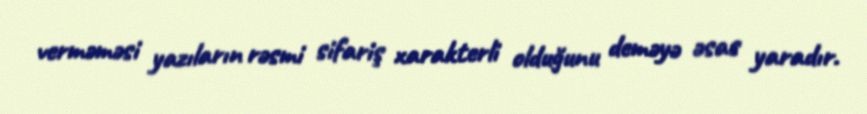
verməməsi yazıların rəsmi sifariş xarakterli olduğunu deməyə əsas yaradır.